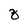
Character: z